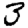
Digit: 3